Bréfritari: Ragnhildur Ólafsdóttir
Viðtakandi: Jón Borgfirðingur
Dagsetning: A-1882-08-24
Skrifað á: Lundum  Mýr.

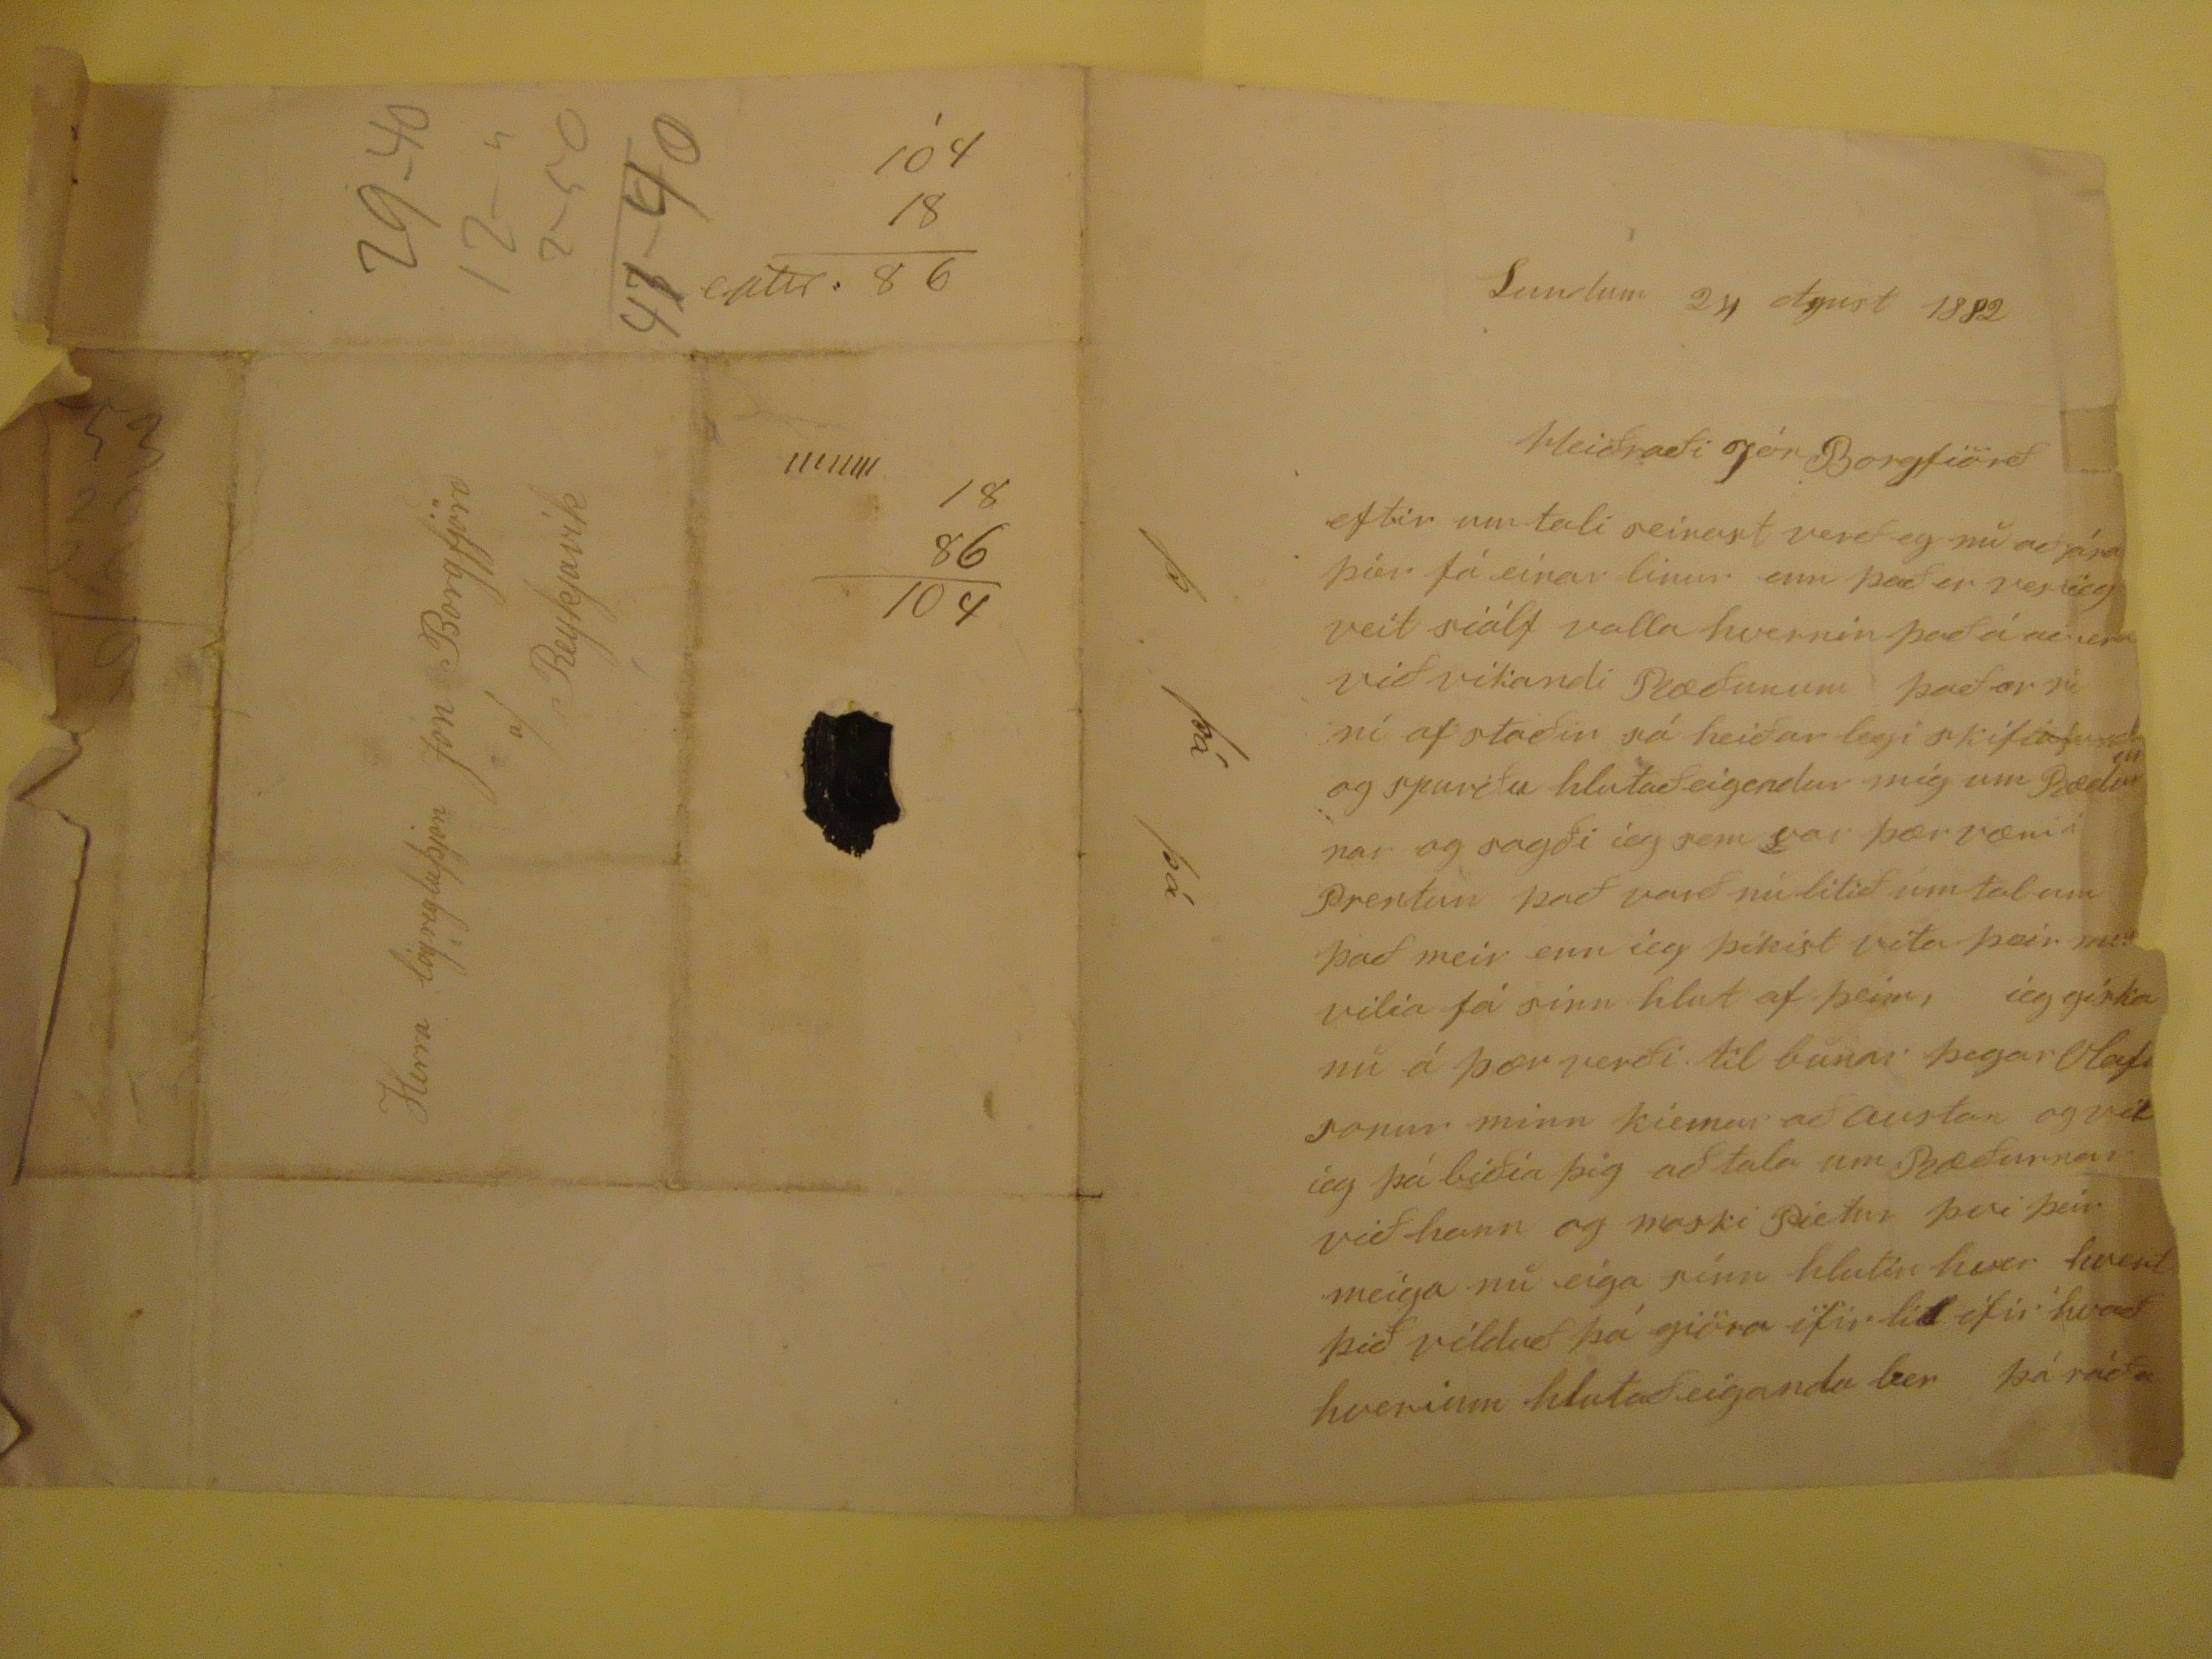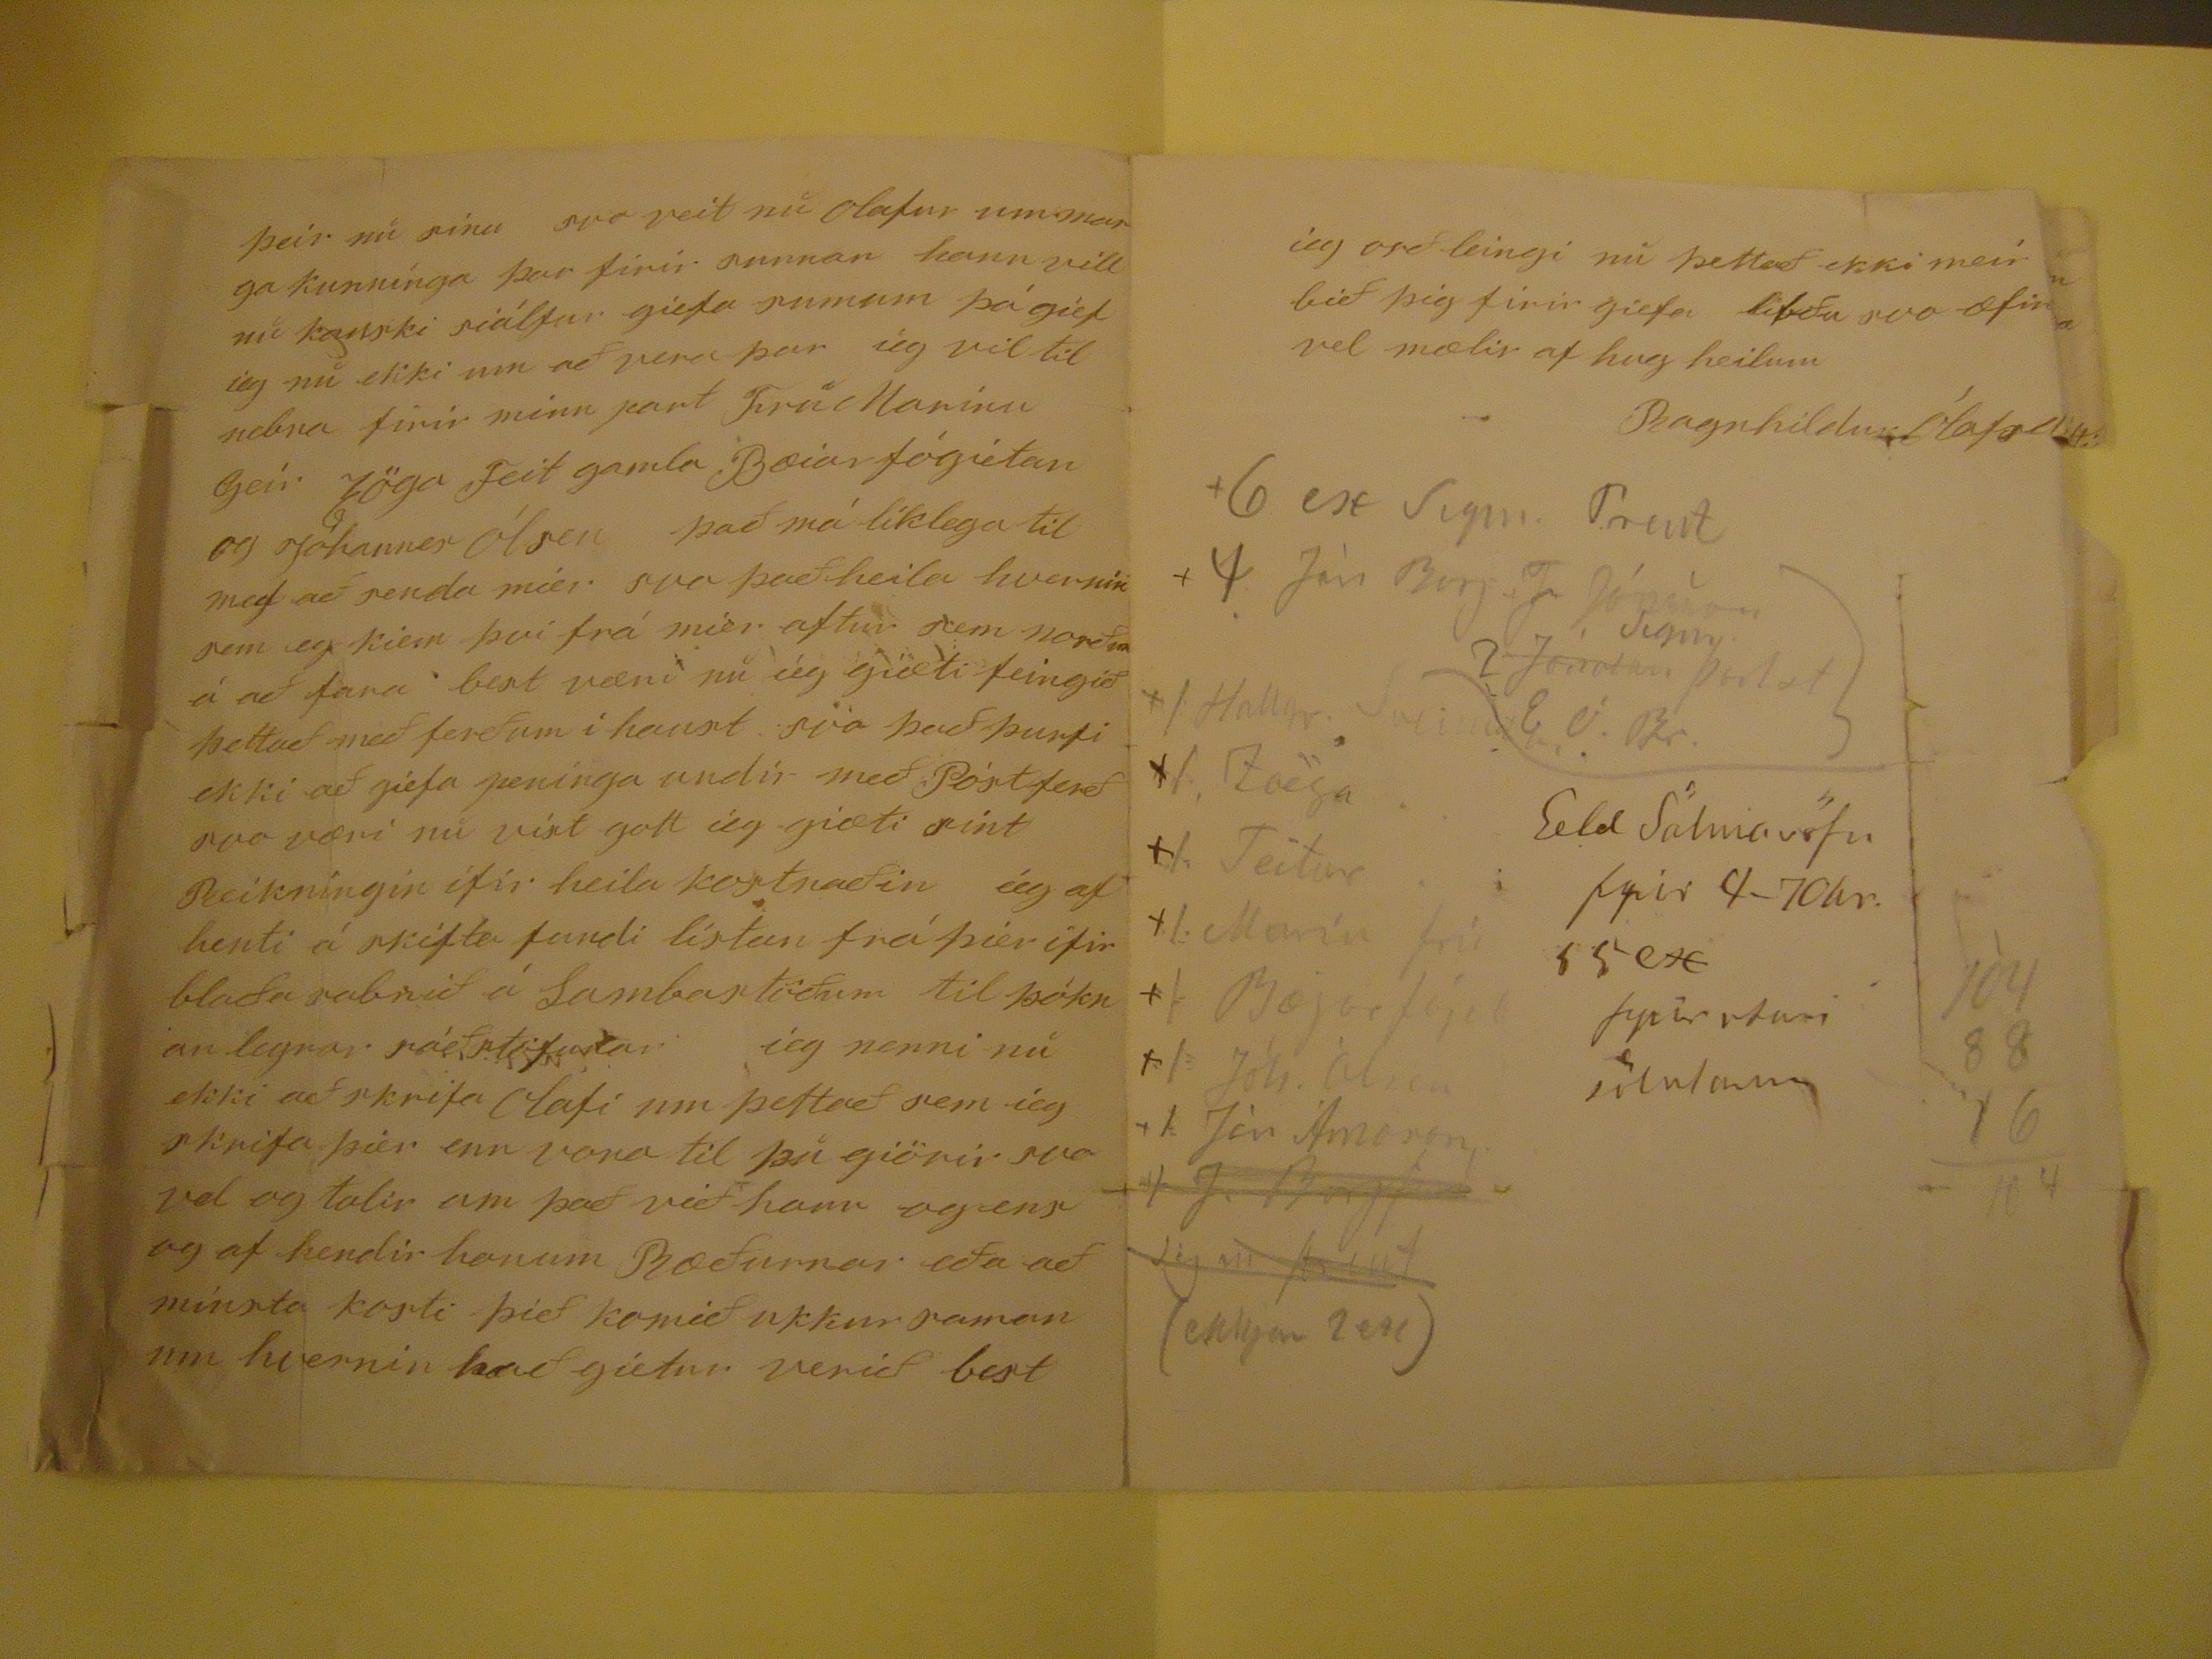

Lundum 24 Agust 1882
Heiðraði Jón Borgfiörð
eftir umtali seinast verð eg nu ad
seira
þier fá einar linur enn það er
verd
ieg veit siálf valla hvernin það á ad vera við vikandi Ræðunum það er
nu
ní af staðin sá heiðarlegi
skrifiafund
og spurðu hlutaðeigendur mig um Bædurnar og sagði ieg sem var þær værid prentun það varð nu litið umtal um það meir enn ieg þikist vita þeir neitt vilia fá sinn hlut af þeim, ieg giska nu á þær verði til bunar þegar Olaf
sonur minn kiemur að austan og vil ieg þá biðia þig að tala um
Bæðurnar
við hann og moski Pietur þvi þeir meiga nu eiga sinn hlutin hver hvert þið vilduð þá giöra ifir lit ifir hvað hverinn hlutað eiganda ber þá ráða
þeir nu sina svo veit nu Olafur um marga kunninga þar firir sunnan hann vill nu kanski siálfur giefa sumum þá gief ieg nu ekki um að vera þar ieg vil til nebna firir minn part Fru Marinu Geir löga Feit gamla. Bæiar fógietan og Jóhannes ólsen það má líklega til med að senda mier svo það heila hvernin sem eg kiem þvi frá mier aftur sem norðra á að fara best væri nu ieg giæti feingið þettað með ferðum i haust svo það þurfi ekki að giefa peninga undir með Póstferð svo væri nu víst gott ieg giæti sint Reikningin ifir heila kostnaðin ieg afhenti á skifta fundi listan frá þier ifir blaða sabnið á Sambarstöðum til sóknanlegra ráðstöfunar ieg nenni nu ekki að skrifa Olafi um þettað sem ieg skrifa þier enn vona til þu giörir svo vel og talir um það við hann og ens og af hendir honum Ræðurnar eða að minsta kosti þið komið ukkur saman um hvernin það gietur verið best
ieg orð leingi nu þettað ekki meir en bið þig firir giefa libðu svo æfinlega vel mælir af hug heilum
Ragnhildur Ólafsdóttir
Herra lögregluþjon Jón Borgfjörd
a/ Reykjavík